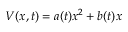
V ( x , t ) = a ( t ) x ^ { 2 } + b ( t ) x